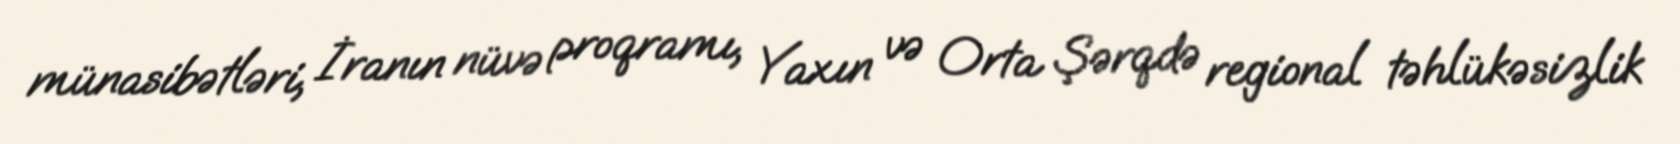
münasibətləri, İranın nüvə proqramı, Yaxın və Orta Şərqdə regional təhlükəsizlik